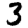
Digit: 3